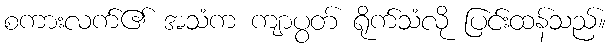
စကားလက်၏ အသံက ကျာပွတ် ရိုက်သံလို ပြင်းထန်သည်။